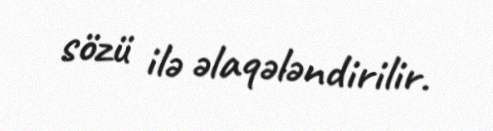
sözü ilə əlaqələndirilir.